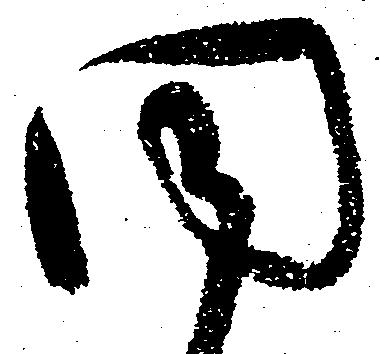
聞